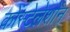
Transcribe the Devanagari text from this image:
कोंस्टेलेशोंन